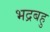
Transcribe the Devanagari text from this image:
भद्रबहु